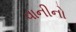
વાનીનો